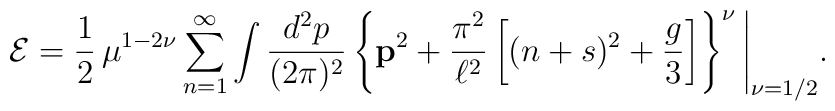
{\cal E}=\frac{1}{2}\,\mu^{1-2\nu}\sum_{n=1}^\infty\int\frac{d^2p}{(2\pi)^2}\left\{{\bf p}^2+\frac{\pi^2}{\ell^2}\left[(n+s)^2+\frac{g}{3}\right]\right\}^{\nu}\Bigg|_{\nu=1/2}.